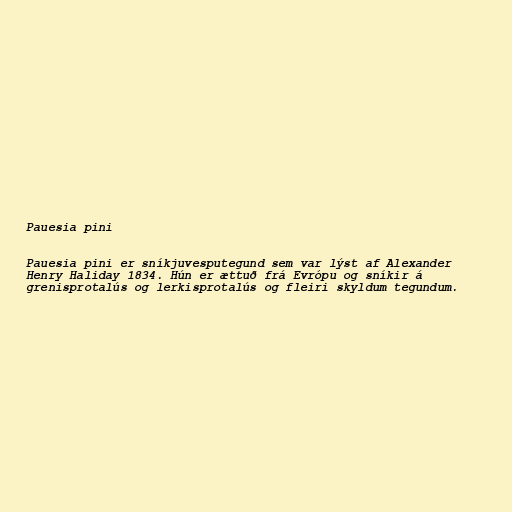
Pauesia pini

Pauesia pini er sníkjuvesputegund sem var lýst af Alexander
Henry Haliday 1834. Hún er ættuð frá Evrópu og sníkir á
grenisprotalús og lerkisprotalús og fleiri skyldum tegundum.